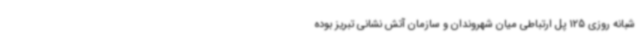
شبانه روزی 125 پل ارتباطی میان شهروندان و سازمان آتش نشانی تبریز بوده